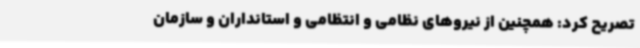
تصریح کرد: همچنین از نیروهای نظامی و انتظامی و استانداران و سازمان